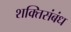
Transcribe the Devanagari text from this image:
शक्तिसंबंध